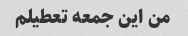
من این جمعه تعطیلم